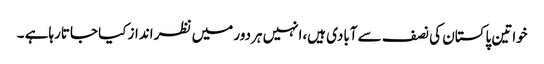
خواتین پاکستان کی نصف سے آبادی ہیں،انہیں ہردور میں نظر انداز کیا جاتارہاہے ۔